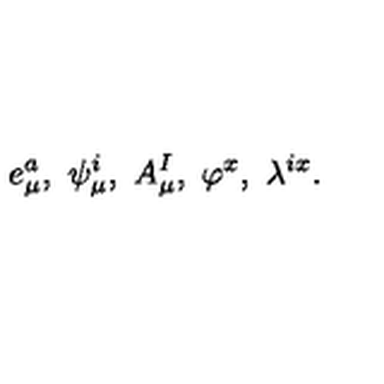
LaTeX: e _ { \mu } ^ { a } , \ \psi _ { \mu } ^ { i } , \ A _ { \mu } ^ { I } , \ \varphi ^ { x } , \ \lambda ^ { i x } .